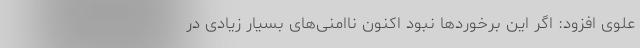
علوی افزود: اگر این برخورد‌ها نبود اکنون ناامنی‌های بسیار زیادی در